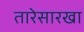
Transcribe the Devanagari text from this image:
तारेसारखा